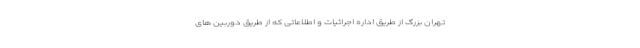
تهران بزرگ از طریق اداره اجرائیات و اطلاعاتی که از طریق دوربین های